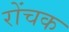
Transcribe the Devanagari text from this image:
रोंचक